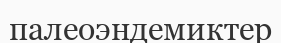
палеоэндемиктер